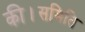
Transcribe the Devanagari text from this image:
की।समिति